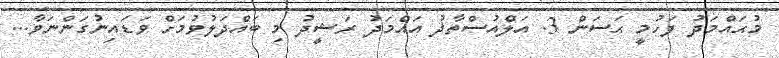
މުޙައްމަދު ފަހުމީ ޙަސަން 3. އަލްއުސްތާޛު އަޙްމަދު ރަޝީދު މި ބައްދަލުވުމަށް ވަޑައިނުގަންނަވާ...